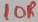
Text: 10R